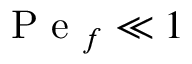
\mathrm { ~ P ~ e ~ } _ { f } \ll 1